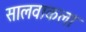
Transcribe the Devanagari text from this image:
सालवाकला